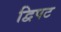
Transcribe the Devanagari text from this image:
द्विपट